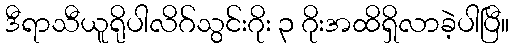
ဒီရာသီယူရိုပါလိဂ်သွင်းဂိုး ၃ ဂိုးအထိရှိလာခဲ့ပါပြီ။